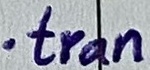
Text: .tran